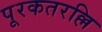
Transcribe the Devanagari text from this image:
पूरकतरल्लि